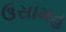
ઉસામહ